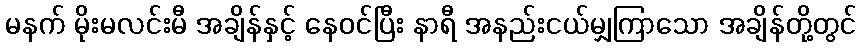
မနက် မိုးမလင်းမီ အချိန်နှင့် နေဝင်ပြီး နာရီ အနည်းငယ်မျှကြာသော အချိန်တို့တွင်